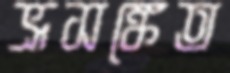
ভ্রূসঙ্কেত